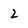
Character: 2